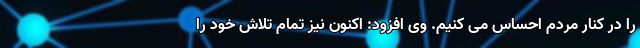
را در کنار مردم احساس می کنیم. وی افزود: اکنون نیز تمام تلاش خود را